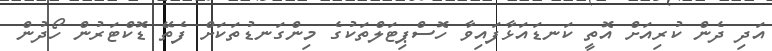
އަދި ދެން ކުރިއަށް އޮތީ ކަނޑައަޅާފައިވާ ހޮސްޕިޓަލްތަކުގެ މިންގަނޑުތަކަށް ފެތޭ ޑޮކްޓަރުން ހޯދުން